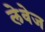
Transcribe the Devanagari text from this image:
लेवेज